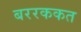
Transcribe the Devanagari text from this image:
बररककत